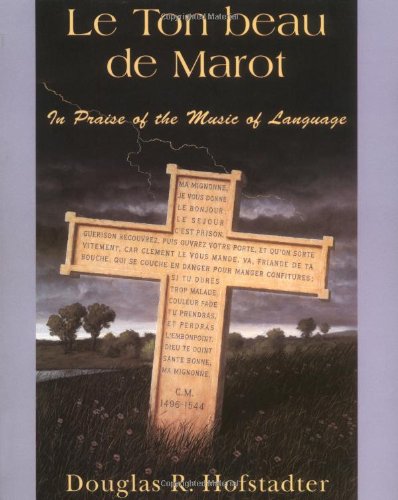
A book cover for Le Ton Beau De Marot: In Praise Of The Music Of Language; Douglas R. Hofstadter; Reference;